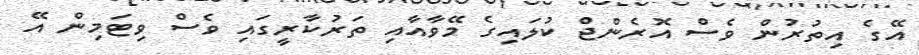
އޭގެ އިތުރުން ވެސް އޮރެންޖް ކުލައިގެ މޭވާއާއި ތަރުކާރީގައި ވެސް ވިޓަމިން އޭ